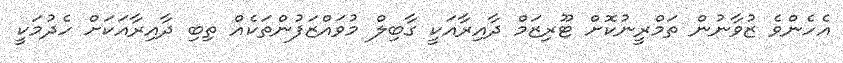
އެހެންވެ ޒުވާނުން ތަމްރީނުކޮށް ޓޫރިޒަމް ދާއިރާއަކީ ގާބިލް މުވައްޒަފުންތަކެއް ތިބި ދާއިރާއަކަށް ހެދުމަކީ